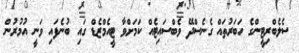
ސެލެބްރިޓީންގެ ހަބަރުތައް ގެނެސްދޭ ވެބްސައިޓެއް ކަމަށްވާ ޓީއެމްޒެޑް ގައި ބުނެފައި ވަނީ އުމުރުން